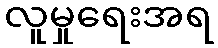
လူမှုရေးအရ